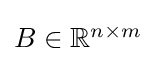
{\textstyle B\in \mathbb {R} ^{n\times m}}